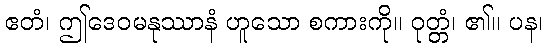
ဧတံ၊ ဤဒေဝမနုဿာနံ ဟူသော စကားကို။ ဝုတ္တံ၊ ၏။ ပန၊